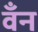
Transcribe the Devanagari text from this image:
वँन